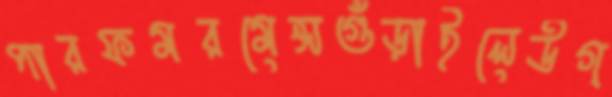
পারফমরমেন্সগুঁড়াইলেউগ্